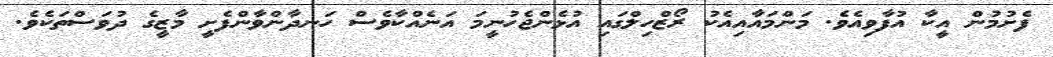
ފެށުމުން އީކާ އުފާވިއެވެ. މަންމައާއިއެކު ރޯޒްހިލްގައި އުޅެންޖެހުނީމަ އަނެއްކާވެސް ހަނދާންވާންފެށީ މާޒީގެ ދުވަސްތަކެވެ.